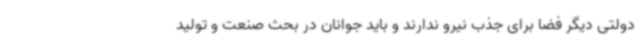
دولتی دیگر فضا برای جذب نیرو ندارند و باید جوانان در بحث صنعت و تولید